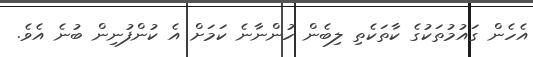
އެހެން ގައުމުތަކުގެ ކާތަކެތި ލިބެން ހުންނާނެ ކަމަށް އެ ކުންފުނިން ބުނެ އެވެ.